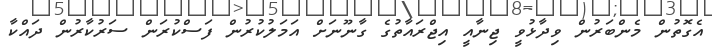
އެގޮތުން މެންބަރުން ވިދާޅުވީ ޖިނާއީ އިޖްރައާތުގެ ގާނޫނަށް އަމަލުކުރުން ފަސްކުރަން ސަރުކާރުން ދައްކާ